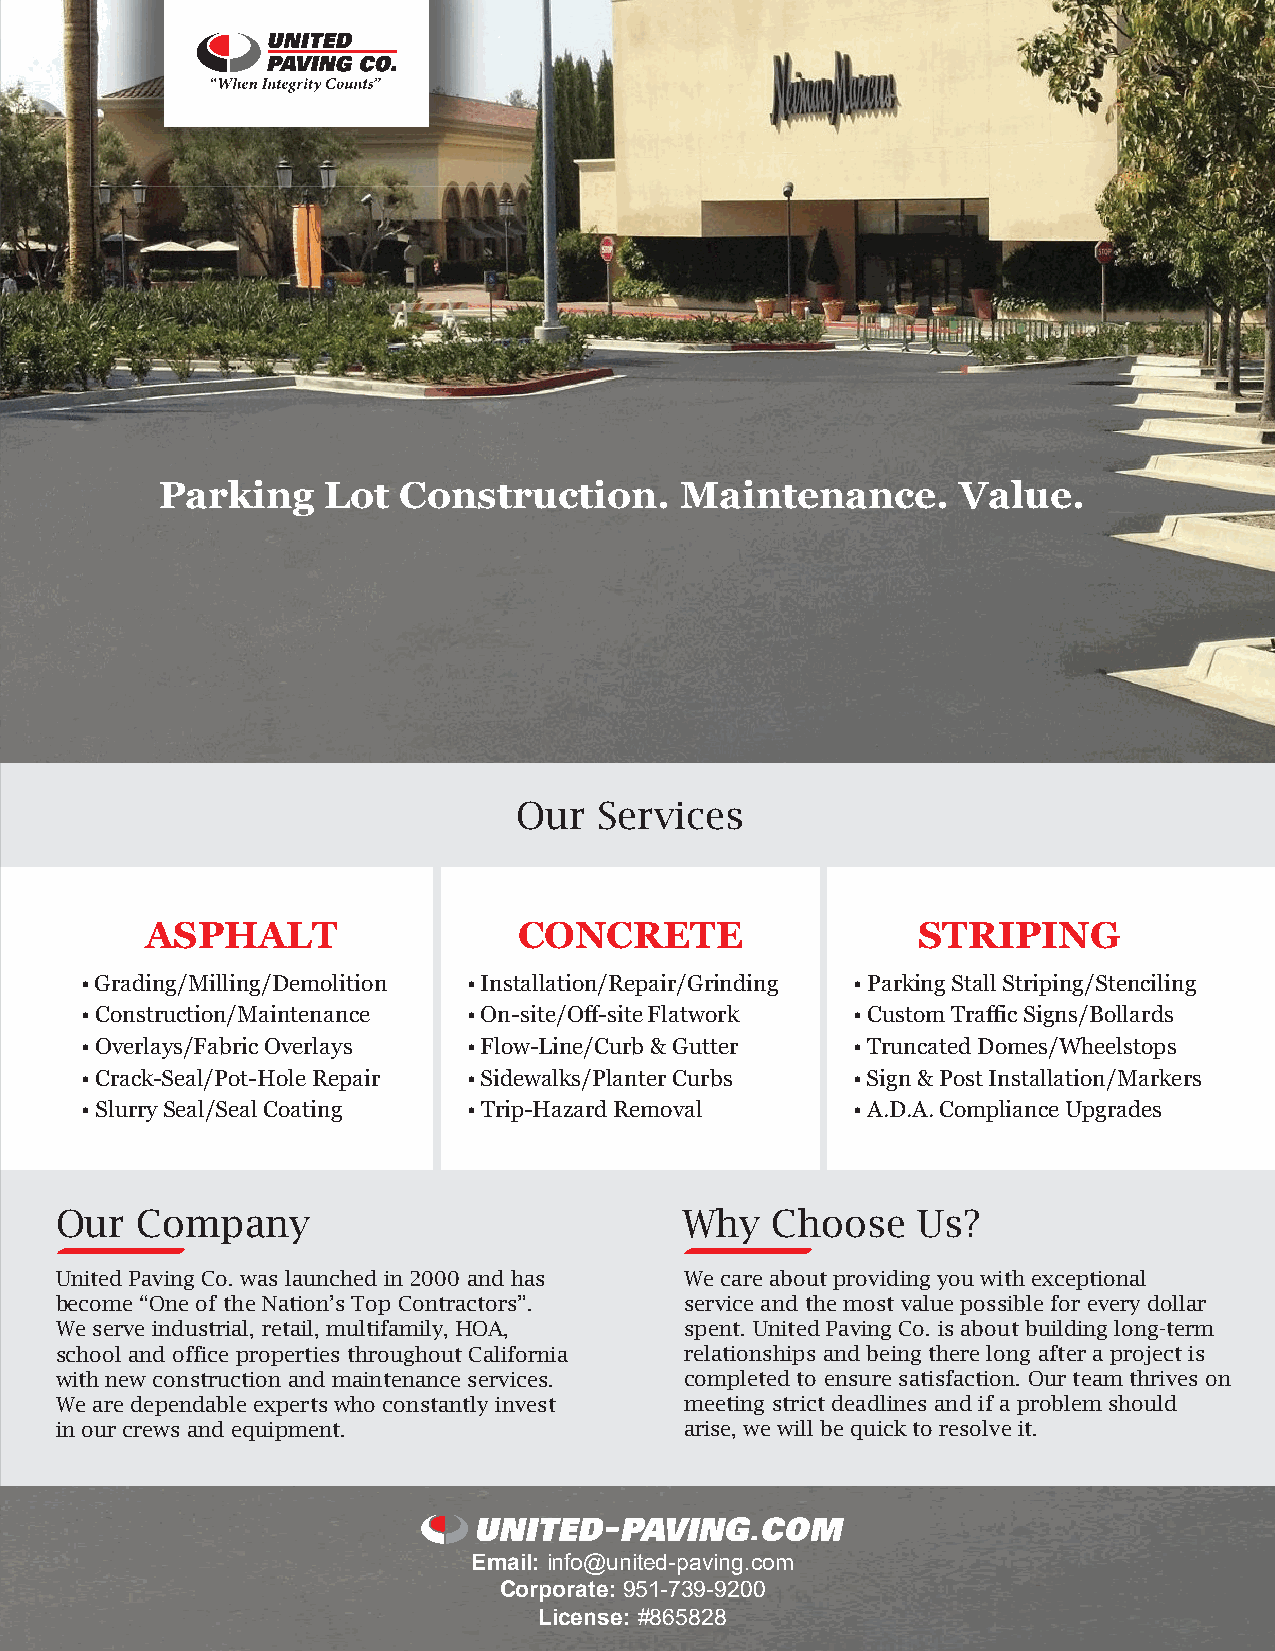
Parking   Lot  Construction.      Maintenance.      Value.
 Our   Services
 ASPHALT                 CONCRETE                   STRIPING
 • Grading/Milling/Demolition • Installation/Repair/Grinding • Parking Stall Striping/Stenciling
 • Construction/Maintenance • On-site/Off-site Flatwork • Custom Traffic Signs/Bollards
 • Overlays/Fabric Overlays • Flow-Line/Curb & Gutter • Truncated Domes/Wheelstops
 • Crack-Seal/Pot-Hole Repair • Sidewalks/Planter Curbs • Sign & Post Installation/Markers
 • Slurry Seal/Seal Coating • Trip-Hazard Removal   • A.D.A. Compliance Upgrades
 Our  Company                             Why   Choose    Us?
 United Paving Co. was launched in 2000 and has We care about providing you with exceptional
 become “One of the Nation’s Top Contractors”. service and the most value possible for every dollar
 We serve industrial, retail, multifamily, HOA, s p e n t . United Paving Co. is about building long-term
 school and office properties throughout California relationships and being there long after a project is
 with new construction and maintenance services. completed to ensure satisfaction. Our team thrives on
 We are dependable experts who constantly invest meeting strict deadlines and if a problem should
 in our crews and equipment.              arise, we will be quick to resolve it.
 Email: info@united-paving.com
 Corporate: 951-739-9200
 License: #865828